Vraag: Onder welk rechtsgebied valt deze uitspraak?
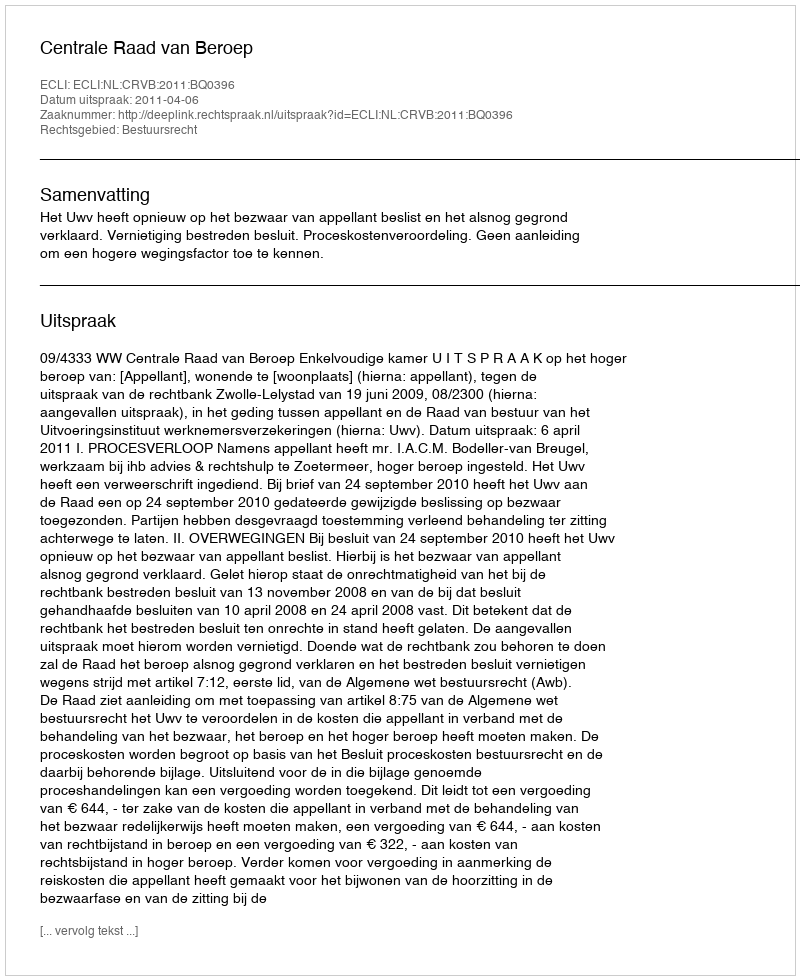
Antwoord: Bestuursrecht